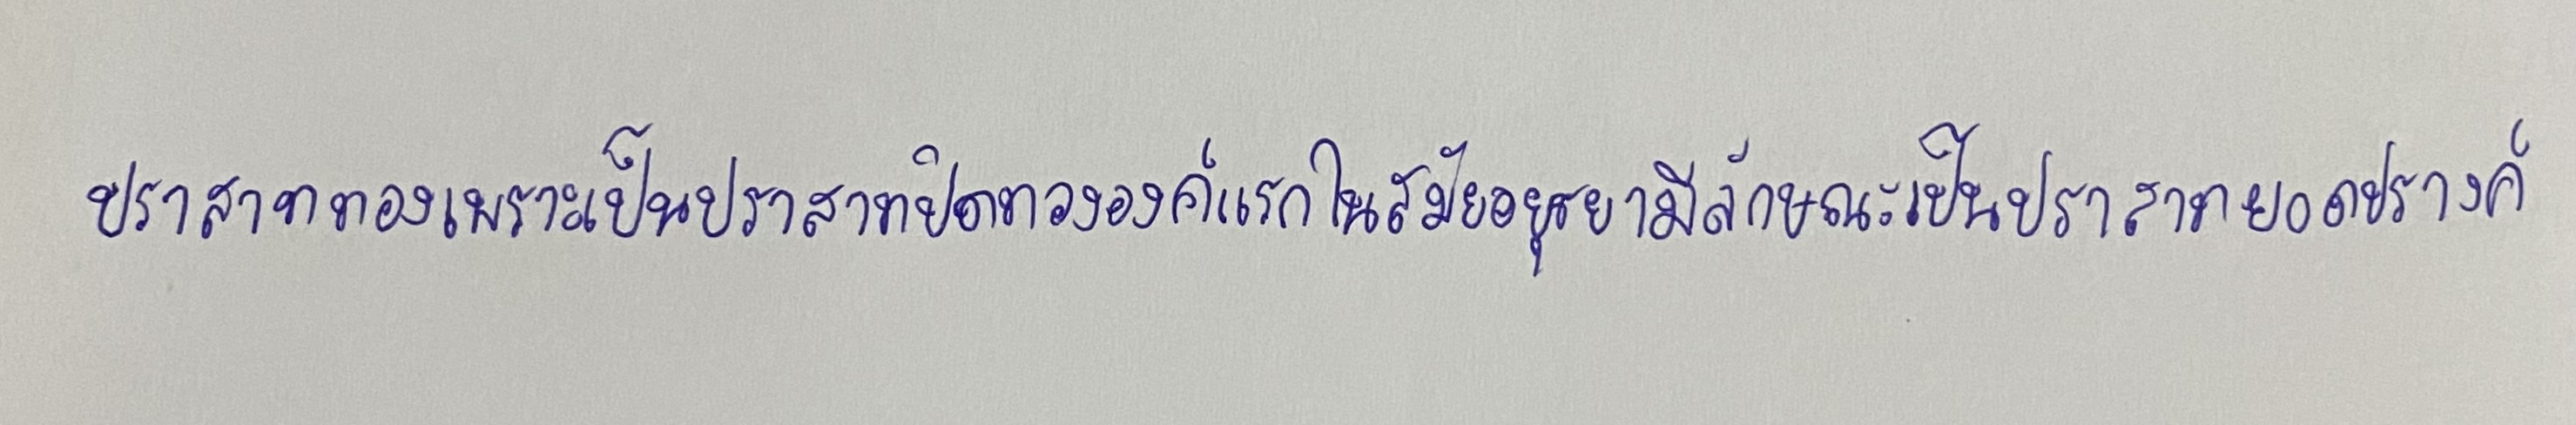
ปราสาททองเพราะเป็นปราสาทปิดทององค์แรกในสมัยอยุธยามีลักษณะเป็นปราสาทยอดปรางค์